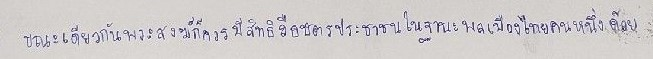
ขณะเดียวกันพระสงฆ์ก็ควรมีสิทธิถือบัตรประชาชนในฐานะพลเมืองไทยคนหนึ่งด้วย